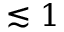
\lesssim 1